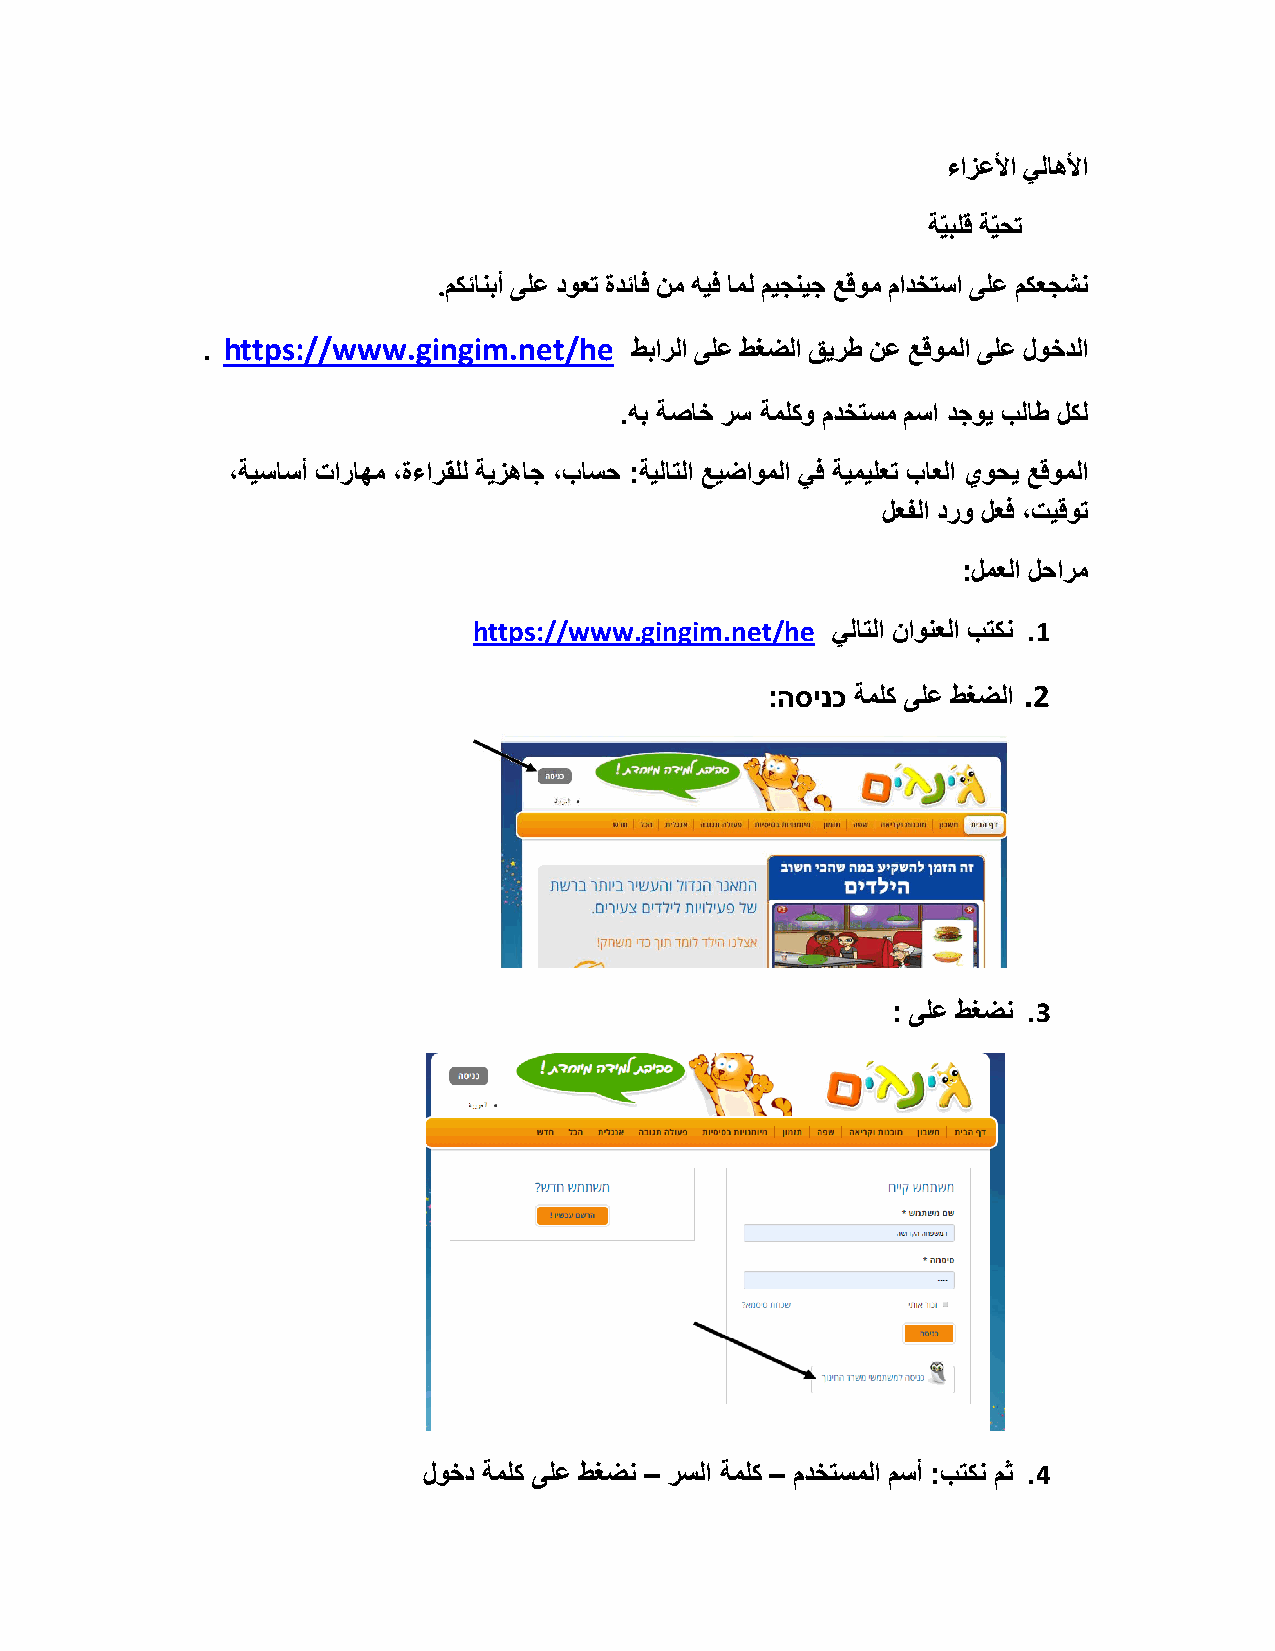
ءازعلأا يلاهلأا
 ة يبلق ة يحت
 .مكئانبأ ىلع دوعت ةدئاف نم هيف امل ميجنيج عقوم مادختسا ىلع مكعجشن
 . https://www.gingim.net/he  طبارلا ىلع طغضلا قيرط نع عقوملا ىلع لوخدلا
 .هب ةصاخ رس ةملكو مدختسم مسا دجوي بلاط لكل
 ،ةيساسأ تاراهم ،ةءارقلل ةيزهاج ،باسح :ةيلاتلا عيضاوملا يف ةيميلعت باعلا يوحي عقوملا
 لعفلا درو لعف ،تيقوت
 :لمعلا لحارم
 https://www.gingim.net/he يلاتلا ناونعلا بتكن .1
 :הסינכ ةملك ىلع طغضلا .2
 : ىلع طغضن .3
 لوخد ةملك ىلع طغضن – رسلا ةملك – مدختسملا مسأ :بتكن مث .4